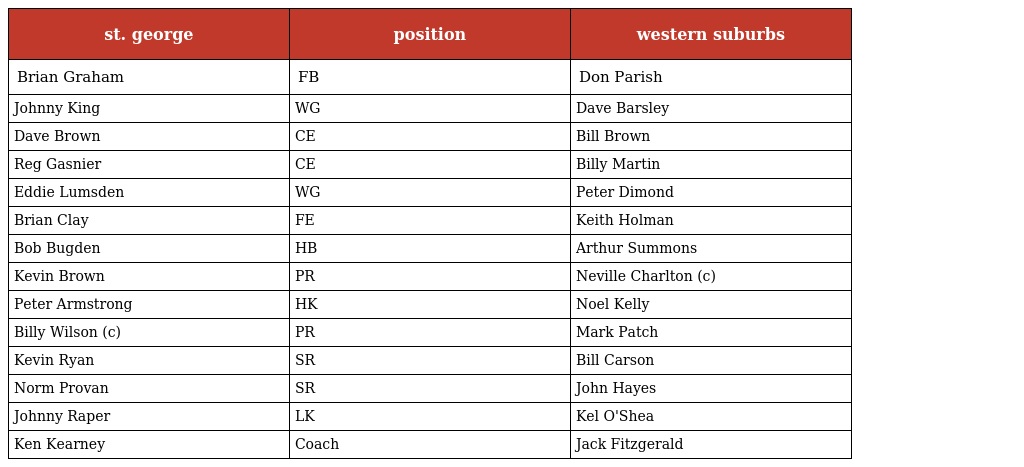
| st. george | position | western suburbs |
 | --- | --- | --- |
 | Brian Graham | FB | Don Parish |
 | Johnny King | WG | Dave Barsley |
 | Dave Brown | CE | Bill Brown |
 | Reg Gasnier | CE | Billy Martin |
 | Eddie Lumsden | WG | Peter Dimond |
 | Brian Clay | FE | Keith Holman |
 | Bob Bugden | HB | Arthur Summons |
 | Kevin Brown | PR | Neville Charlton (c) |
 | Peter Armstrong | HK | Noel Kelly |
 | Billy Wilson (c) | PR | Mark Patch |
 | Kevin Ryan | SR | Bill Carson |
 | Norm Provan | SR | John Hayes |
 | Johnny Raper | LK | Kel O'Shea |
 | Ken Kearney | Coach | Jack Fitzgerald |